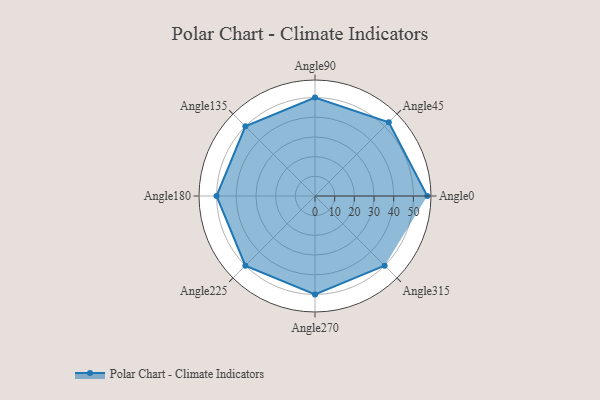
{"axis": {"x": "Angle", "y": "Radius"}, "legend": [""], "data": [{"x": "Angle0", "y": 57.0, "type": ""}, {"x": "Angle45", "y": 53.0, "type": ""}, {"x": "Angle90", "y": 50.0, "type": ""}, {"x": "Angle135", "y": 50, "type": ""}, {"x": "Angle180", "y": 50, "type": ""}, {"x": "Angle225", "y": 50, "type": ""}, {"x": "Angle270", "y": 50, "type": ""}, {"x": "Angle315", "y": 50, "type": ""}]}